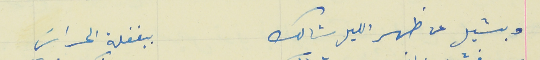
وبشيل عن ظهر الليل شالك                                      بغفلة الحراسَ